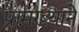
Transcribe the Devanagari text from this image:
प्रामख्याने